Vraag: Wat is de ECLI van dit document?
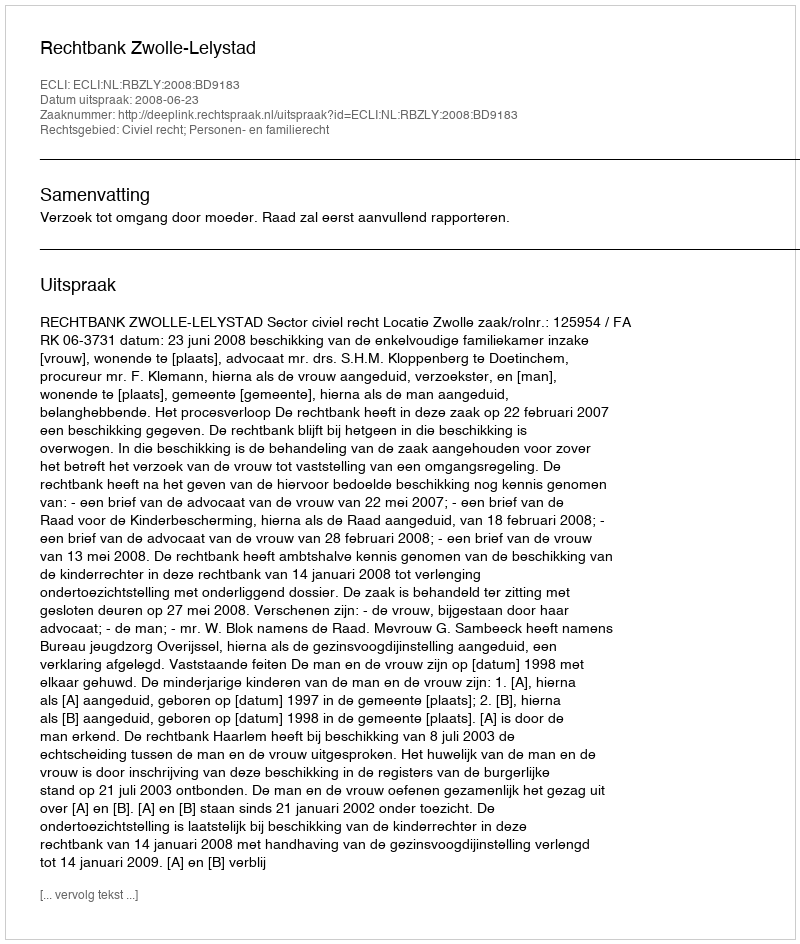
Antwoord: ECLI:NL:RBZLY:2008:BD9183